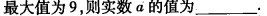
最大值为9，则实数a的值为___。